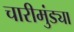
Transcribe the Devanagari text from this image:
चारीमुंड्या